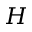
H